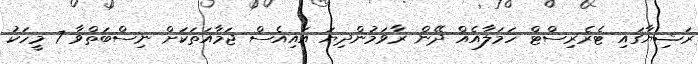
ރަޝިޔާގައި ޓެރެރިސްޓް ހަމަލާއެއް ދޭން ރާވަމުންދިޔަ އައިއެސް ޖަމާއަތަކަށް ނިސްބަތްވާ 7 މީހަކު